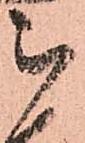
被